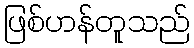
ဖြစ်ဟန်တူသည်